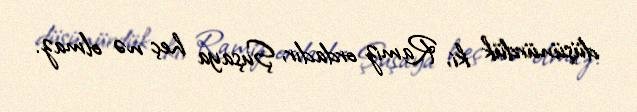
düşünürdük ki, Ramiz ordadır, Şuşaya heç nə olmaz.